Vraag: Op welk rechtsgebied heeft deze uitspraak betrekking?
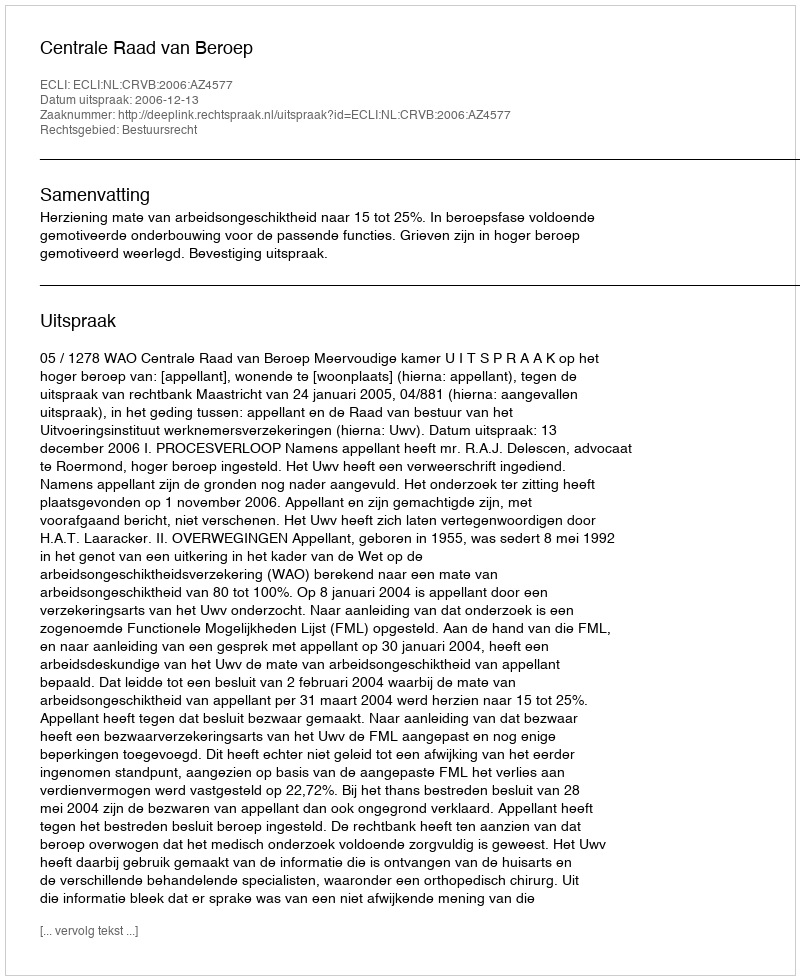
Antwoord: Bestuursrecht